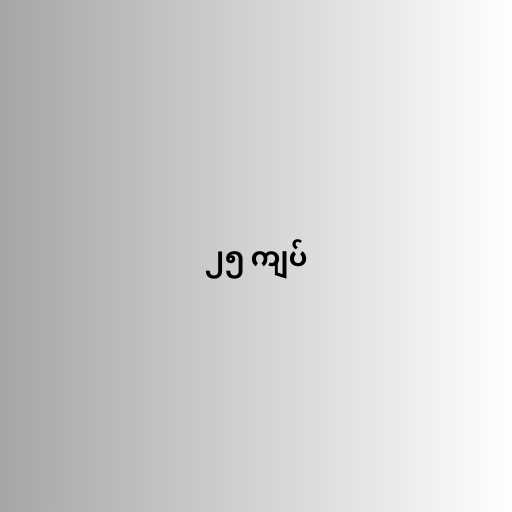
၂၅ ကျပ်